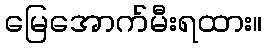
မြေအောက်မီးရထား။